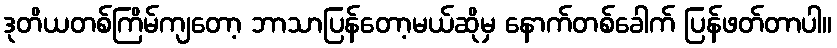
ဒုတိယတစ်ကြိမ်ကျတော့ ဘာသာပြန်တော့မယ်ဆိုမှ နောက်တစ်ခေါက် ပြန်ဖတ်တာပါ။